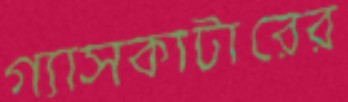
গ্যাসকাটারের